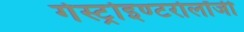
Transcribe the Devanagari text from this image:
गेस्ट्रोइण्टरोलॉजी